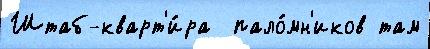
Штаб-кварт'и́ра  пало́мн'иков там